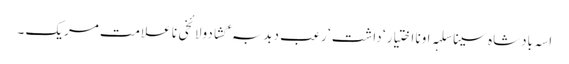
اسہ بادشاہ سینا سلہہ اونا اختیار ‘ داشت ‘ رعب دبدبہ ‘ گشادولائخی نا علامت مریک ۔